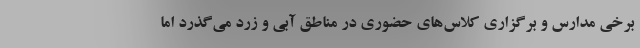
برخی مدارس و برگزاری کلاس‌های حضوری در مناطق آبی و زرد می‌گذرد اما